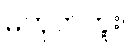
မဟုတ်ဘူး။